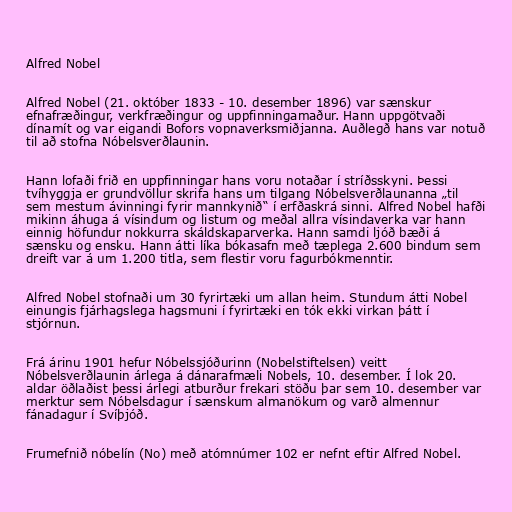
Alfred Nobel

Alfred Nobel (21. október 1833 - 10. desember 1896) var sænskur
efnafræðingur, verkfræðingur og uppfinningamaður. Hann uppgötvaði
dínamít og var eigandi Bofors vopnaverksmiðjanna. Auðlegð hans var notuð
til að stofna Nóbelsverðlaunin.

Hann lofaði frið en uppfinningar hans voru notaðar í stríðsskyni. Þessi
tvíhyggja er grundvöllur skrifa hans um tilgang Nóbelsverðlaunanna „til
sem mestum ávinningi fyrir mannkynið“ í erfðaskrá sinni. Alfred Nobel hafði
mikinn áhuga á vísindum og listum og meðal allra vísindaverka var hann
einnig höfundur nokkurra skáldskaparverka. Hann samdi ljóð bæði á
sænsku og ensku. Hann átti líka bókasafn með tæplega 2.600 bindum sem
dreift var á um 1.200 titla, sem flestir voru fagurbókmenntir.

Alfred Nobel stofnaði um 30 fyrirtæki um allan heim. Stundum átti Nobel
einungis fjárhagslega hagsmuni í fyrirtæki en tók ekki virkan þátt í
stjórnun.

Frá árinu 1901 hefur Nóbelssjóðurinn (Nobelstiftelsen) veitt
Nóbelsverðlaunin árlega á dánarafmæli Nobels, 10. desember. Í lok 20.
aldar öðlaðist þessi árlegi atburður frekari stöðu þar sem 10. desember var
merktur sem Nóbelsdagur í sænskum almanökum og varð almennur
fánadagur í Svíþjóð.

Frumefnið nóbelín (No) með atómnúmer 102 er nefnt eftir Alfred Nobel.